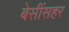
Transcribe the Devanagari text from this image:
बेसींसहर